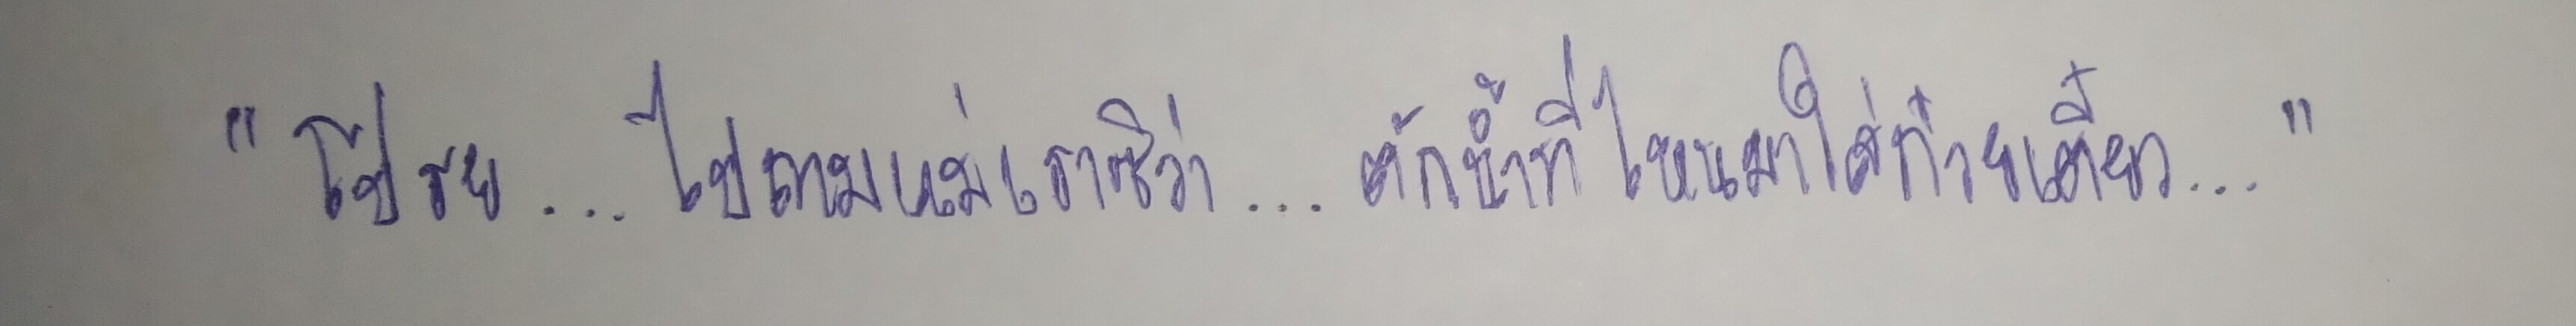
"โปรย...ไปถามแม่เราซิว่า...ตักน้ำที่ไหนมาใส่ก๋วยเตี๋ยว..."